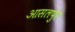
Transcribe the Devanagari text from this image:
आसलपुर